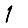
Digit: 1